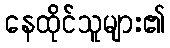
နေထိုင်သူများ၏